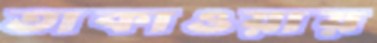
তাকাওয়ায়